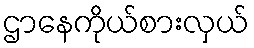
ဌာနေကိုယ်စားလှယ်